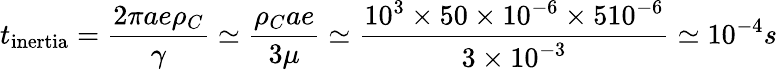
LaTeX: t_{\mathrm{inertia}}=\frac{2\pi ae\rho_{C}}{\gamma}\simeq\frac{\rho_{C}ae}{3\mu}\simeq\frac{10^{3}\times 50\times 10^{-6}\times 510^{-6}}{3\times 10^{-3}}\simeq 10^{-4}s